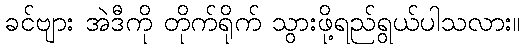
ခင်ဗျား အဲဒီကို တိုက်ရိုက် သွားဖို့ရည်ရွယ်ပါသလား။